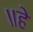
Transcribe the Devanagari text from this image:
॥हे